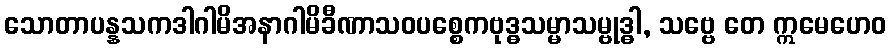
သောတာပန္နသကဒါဂါမိအနာဂါမိခီဏာသဝပစ္စေကဗုဒ္ဓသမ္မာသမ္ဗုဒ္ဓါ, သဗ္ဗေ တေ ဣမေဟေဝ